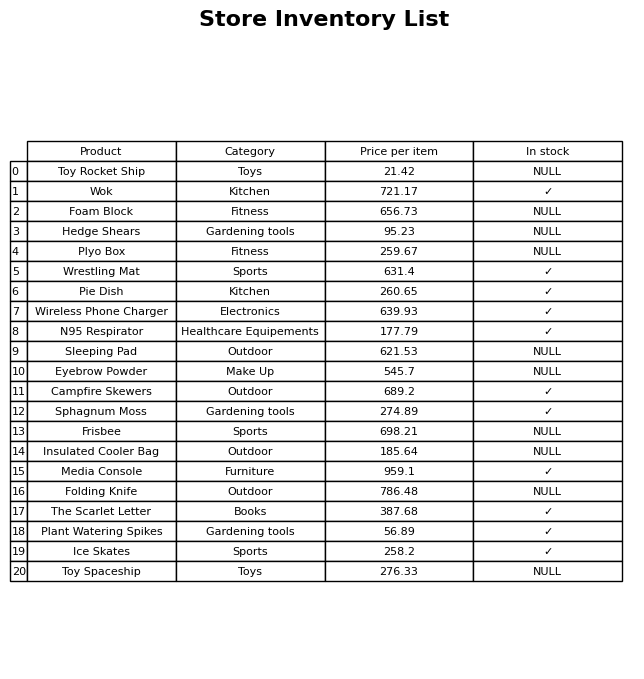
question: Is the Sphagnum Moss in stock?
answer: ✓